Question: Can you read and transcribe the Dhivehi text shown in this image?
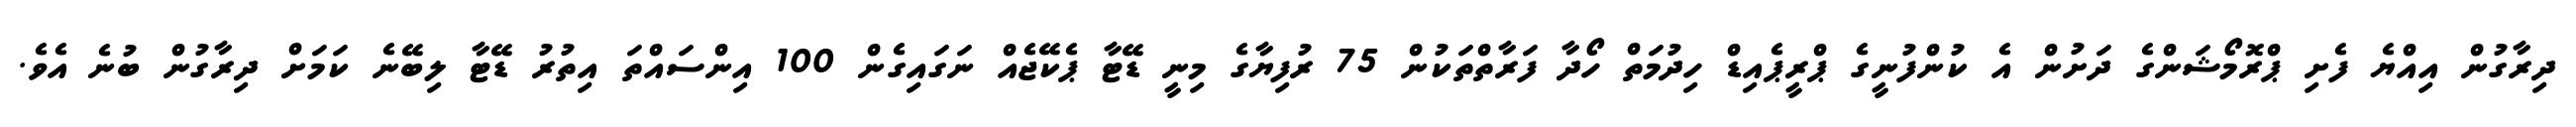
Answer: ދިރާގުން އިއްޔެ ފެށި ޕްރޮމޯޝަންގެ ދަށުން އެ ކުންފުނީގެ ޕްރީޕެއިޑް ހިދުމަތް ހޯދާ ފަރާތްތަކުން 75 ރުފިޔާގެ މިނީ ޑޭޓާ ޕެކޭޖެއް ނަގައިގެން 100 އިންސައްތަ އިތުރު ޑޭޓާ ލިބޭނެ ކަމަށް ދިރާގުން ބުނެ އެވެ.